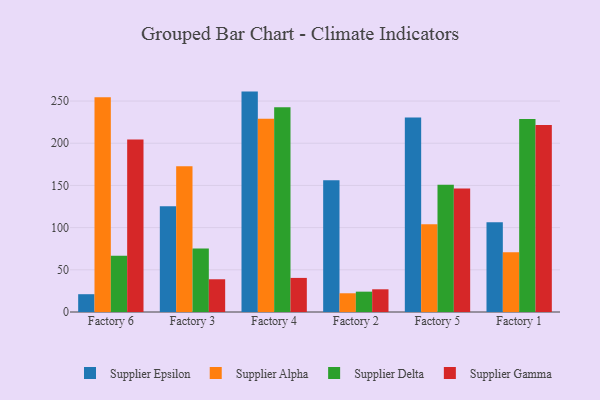
{"axis": {"x": "Factory", "y": "Energy Usage (MWh)"}, "legend": ["Supplier Alpha", "Supplier Delta", "Supplier Epsilon", "Supplier Gamma"], "data": [{"x": "Factory 6", "y": 21.1, "type": "Supplier Epsilon"}, {"x": "Factory 6", "y": 254.6, "type": "Supplier Alpha"}, {"x": "Factory 6", "y": 66.7, "type": "Supplier Delta"}, {"x": "Factory 6", "y": 204.3, "type": "Supplier Gamma"}, {"x": "Factory 3", "y": 125.4, "type": "Supplier Epsilon"}, {"x": "Factory 3", "y": 172.6, "type": "Supplier Alpha"}, {"x": "Factory 3", "y": 75.4, "type": "Supplier Delta"}, {"x": "Factory 3", "y": 38.8, "type": "Supplier Gamma"}, {"x": "Factory 4", "y": 261.2, "type": "Supplier Epsilon"}, {"x": "Factory 4", "y": 229.1, "type": "Supplier Alpha"}, {"x": "Factory 4", "y": 242.6, "type": "Supplier Delta"}, {"x": "Factory 4", "y": 40.4, "type": "Supplier Gamma"}, {"x": "Factory 2", "y": 156.2, "type": "Supplier Epsilon"}, {"x": "Factory 2", "y": 22.2, "type": "Supplier Alpha"}, {"x": "Factory 2", "y": 24.1, "type": "Supplier Delta"}, {"x": "Factory 2", "y": 26.9, "type": "Supplier Gamma"}, {"x": "Factory 5", "y": 230.6, "type": "Supplier Epsilon"}, {"x": "Factory 5", "y": 104.0, "type": "Supplier Alpha"}, {"x": "Factory 5", "y": 150.8, "type": "Supplier Delta"}, {"x": "Factory 5", "y": 146.3, "type": "Supplier Gamma"}, {"x": "Factory 1", "y": 106.3, "type": "Supplier Epsilon"}, {"x": "Factory 1", "y": 70.8, "type": "Supplier Alpha"}, {"x": "Factory 1", "y": 228.6, "type": "Supplier Delta"}, {"x": "Factory 1", "y": 221.5, "type": "Supplier Gamma"}]}